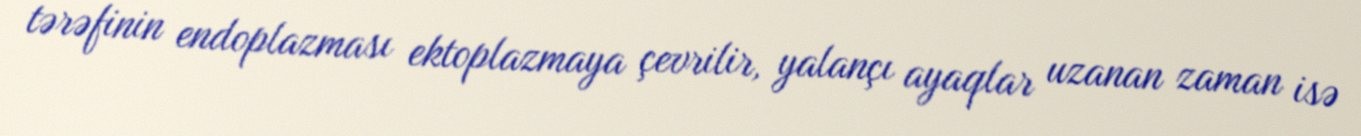
tərəfinin endoplazması ektoplazmaya çevrilir, yalançı ayaqlar uzanan zaman isə